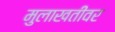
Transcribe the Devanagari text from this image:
मुलाखतींवर